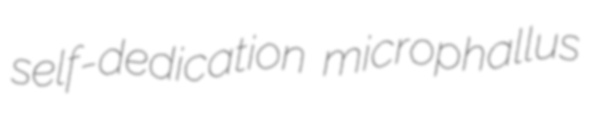
self-dedication microphallus